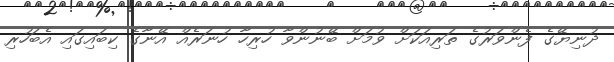
ދުނިޔޭގެ ފެންވަރުގެ ތަރިއަކަށް ވުމަށް ބޭނުންވާ ހުރިހާ ހުނަރެއް އޭނާގެ ކިބައިގައި އެބަހުރި